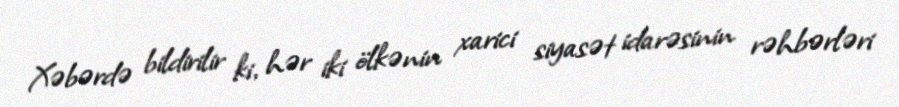
Xəbərdə bildirilir ki, hər iki ölkənin xarici siyasət idarəsinin rəhbərləri